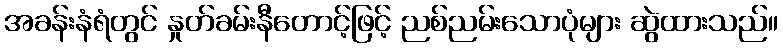
အခန်းနံရံတွင် နှုတ်ခမ်းနီတောင့်ဖြင့် ညစ်ညမ်းသောပုံများ ဆွဲထားသည်။